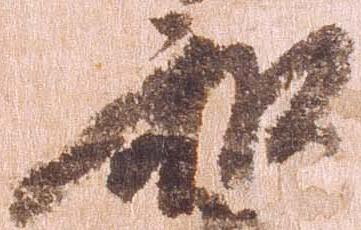
和